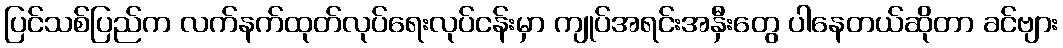
ပြင်သစ်ပြည်က လက်နက်ထုတ်လုပ်ရေးလုပ်ငန်းမှာ ကျုပ်အရင်းအနှီးတွေ ပါနေတယ်ဆိုတာ ခင်ဗျား